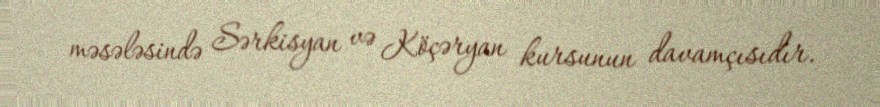
məsələsində Sərkisyan və Köçəryan kursunun davamçısıdır.